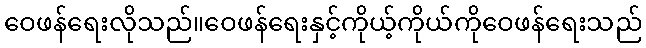
ဝေဖန်ရေးလိုသည်။ဝေဖန်ရေးနှင့်ကိုယ့်ကိုယ်ကိုဝေဖန်ရေးသည်